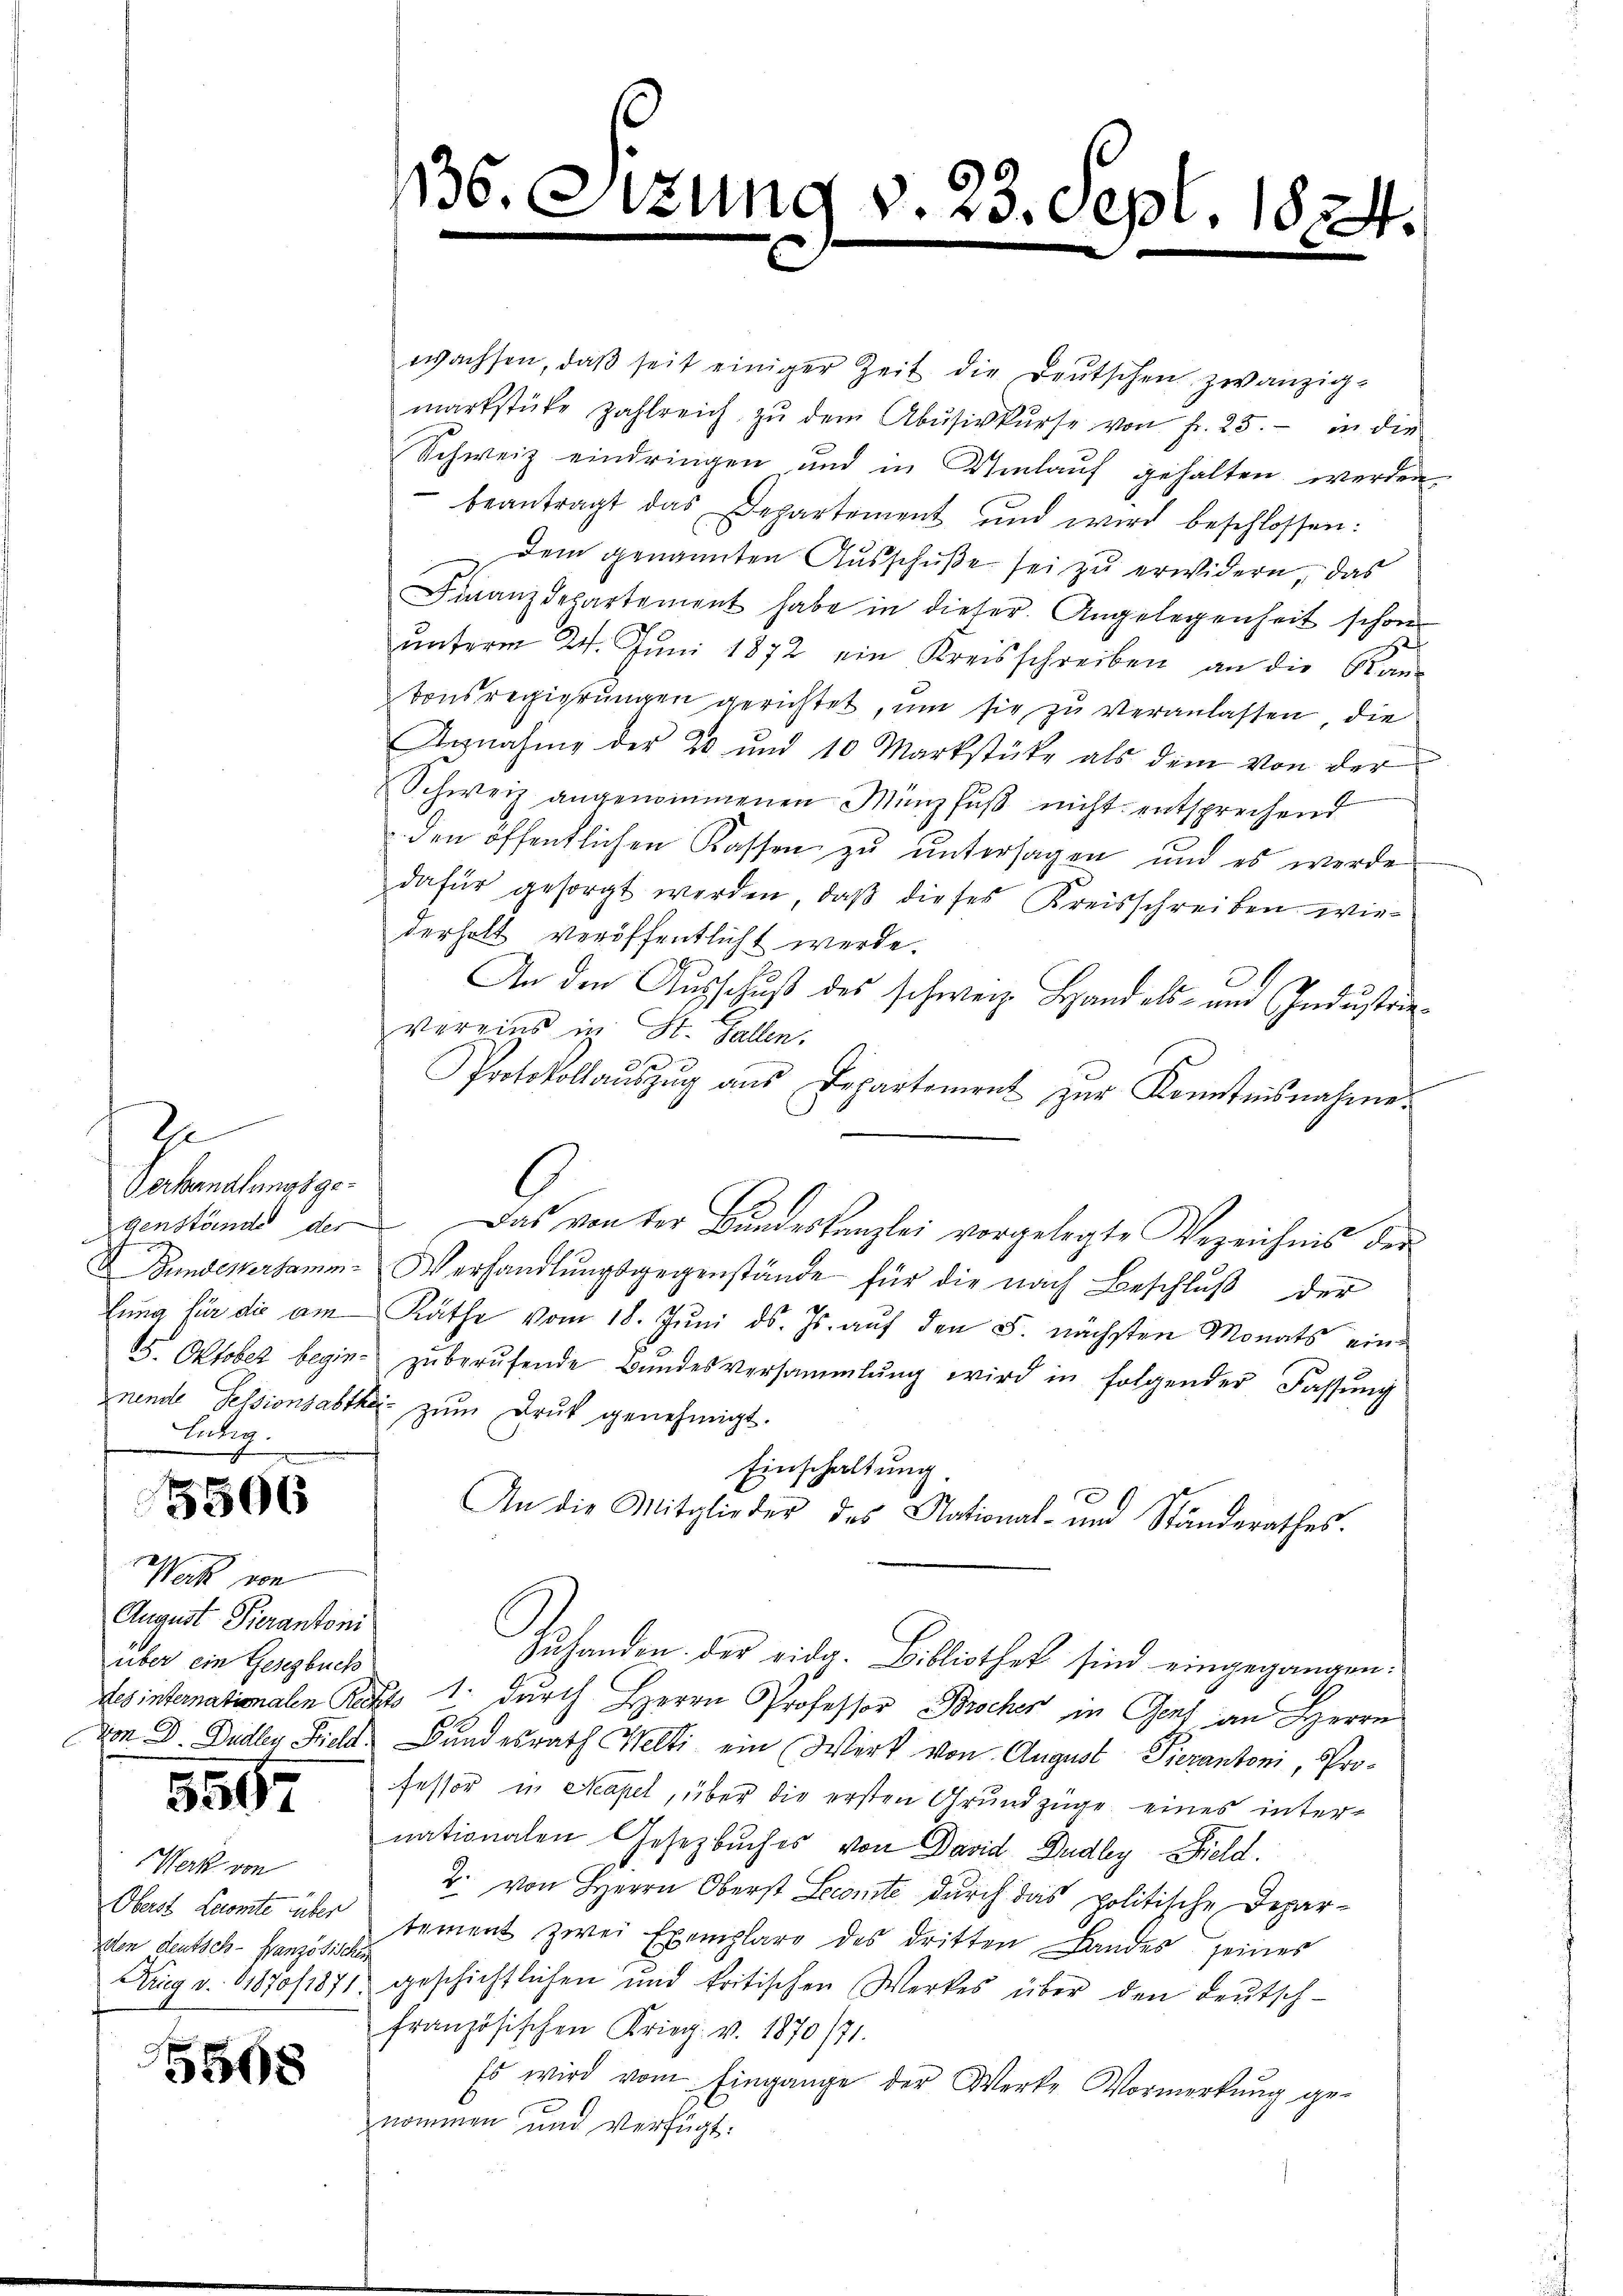
2
Verhandlungsge¬
Luhig.

5506

Weck von
August Tierantoni
über ein Gesezbuch

3507

Werk von
Oberst Leonzte über
dten deutsch-Französisch

5598

wachsen, daβ seit einiger Zeit die Deutschen zwanzig-
markstüke zahlreich zŭ dem Abusivkŭrse von fr. 25. in die
Schweiz eindringen und in Umlauf gehalten werden
beantragt das Departement und wird beschlossen:
Dem genannten Ausschuße sei zu erwidern, das
Finanzdepartement habe in dieser Angelegenheit schon
ŭnterm 24. Jŭni 1872 ein Kreisschreiben an die Kan-
tonsregierungen gerichtet, um sie zu veranlassen, die
Anznahme der 20 und 10 Markstücke als dem von der
Schweiz angenommenen Münzfuß nicht entsprechend
den öffentlichen Kassen zu untersagen, und es werde
dafür gesorgt werden, daß dieses Kreisschreiben wiederholt veröffentlicht werde.
1
An den Ausschuß des schweiz. Handels- und Industrie
vereins in St. Gallen.
Protokollaŭszŭg ans Departement zŭr Kenntnisnahme.
genstäme des Das von der Bundeskanzlei vorgelegte Bezeichnis der
Bundenersammerhandlŭngsgegenstände für die nach Beschlŭβ der
lŭng für die am Räthe vom 18. Jŭni d. Js. aŭf den 5. nächsten Monats ein¬
55. Oktober begin- zŭberŭfende Bŭndesversammlung wird in folgender Fassŭng
nende Sessionsabthei- zum Druk genehmigt.
Einschaltung.
An die Mitglieder des National- und Standerathes.
Zuhanden der eidg. Bibliothek sind eingegangen.
fes internationalen Rats 1. durch Herrn Professor Brocher in Genf an Herrn
von D. Dudley Field Bundesrath Welti ein (Werk von August Tierantoni, Professor in Neapel, über die ersten Grundzüge eines internationalen Gesetzbuches von David Dudley Field.
2. von Herrn Oberst Lcomte durch das politische Depar-
tement zwei Exemplare des dritten Landes seines
Aug v. 1870/1871 geschichtlichen und kritischen Werkes über den Leŭtsch-
französischen Krieg. v. 1870/71.
Es wird vom Eingange der Werke Vormerkŭng ge-
nommen und Verfügt:

136.

7 d. 23. Sept. 1824.